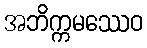
အဘိက္ကမဿေဝ